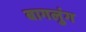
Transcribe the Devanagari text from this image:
बागलुंग